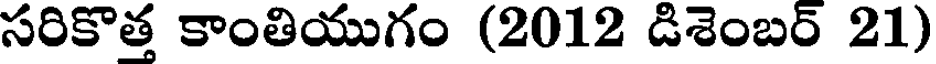
సరికొత్త కాంతియుగం (2012 డిశెంబర్ 21)